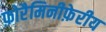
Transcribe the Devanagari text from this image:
फ़ोरैमिनीफ़ेरीय